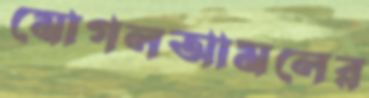
মোগলআমলের